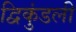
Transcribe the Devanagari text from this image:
द्विकुंडली